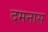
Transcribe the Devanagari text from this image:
दमनास